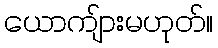
ယောကျ်ားမဟုတ်။